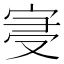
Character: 𡨞